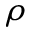
\rho